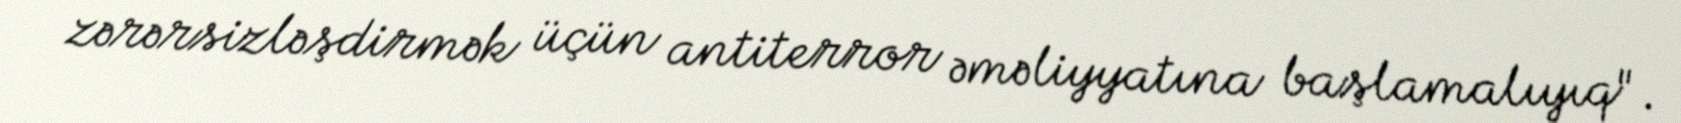
zərərsizləşdirmək üçün antiterror əməliyyatına başlamalıyıq".